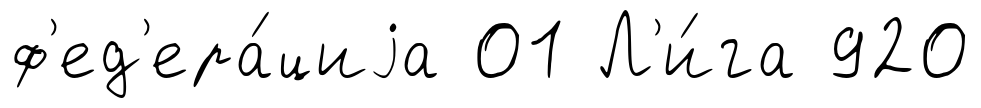
ф'ед'ера́циjа 01 Л'и́га 920